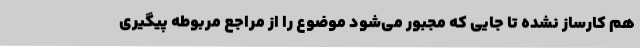
هم کارساز نشده تا جایی که مجبور می‌شود موضوع را از مراجع مربوطه پیگیری